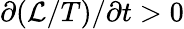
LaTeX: \partial(\mathcal{L}/T)/\partial t>0